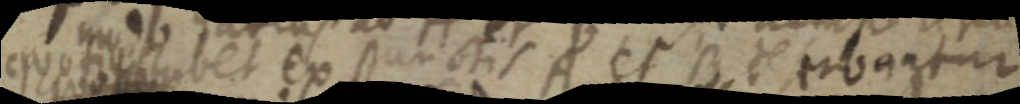
quot _ bet ex punctis A et B H serbantur